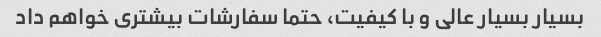
بسیار بسیار عالی و با کیفیت، حتما سفارشات بیشتری خواهم داد